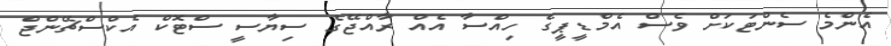
އެންމެ ސެންޓަކަށް ވެސް އެމްޑީޕީގެ ހިއްސާ އެއް ރާއްޖޭގެ ސިޔާސީ ސްޓޮކް އެކްސްޗޭންޖް